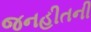
જનહીતની